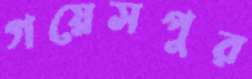
গয়েসপুর